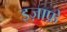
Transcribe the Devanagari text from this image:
इज़ाफ़े